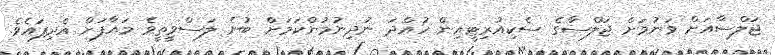
ޖަލްސާއަށް ވަނުމަށް ޖަލްސާގެ ސެކިއުރިޓީއިން ހުއްދަ ނުދިނުމުންކަމަށް ބުނެ ލަސްވީތީވެ މައާފަށް އެދިފައެވެ.